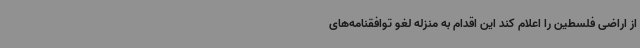
از اراضی فلسطین را اعلام کند این اقدام به منزله لغو توافقنامه‌های